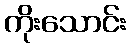
ကိုးသောင်း